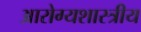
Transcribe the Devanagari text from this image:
आरोग्यशास्त्रीय